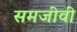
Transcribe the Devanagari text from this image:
समजीवी